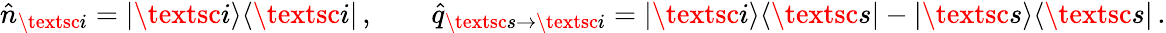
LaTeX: \hat{n}_{\textsc{i}}=|\textsc{i}\rangle\langle\textsc{i}|\, ,\qquad\hat{q}_{\textsc{s}\to\textsc{i}}=|\textsc{i}\rangle\langle\textsc{s}|-|\textsc{s}\rangle\langle\textsc{s}|\, .